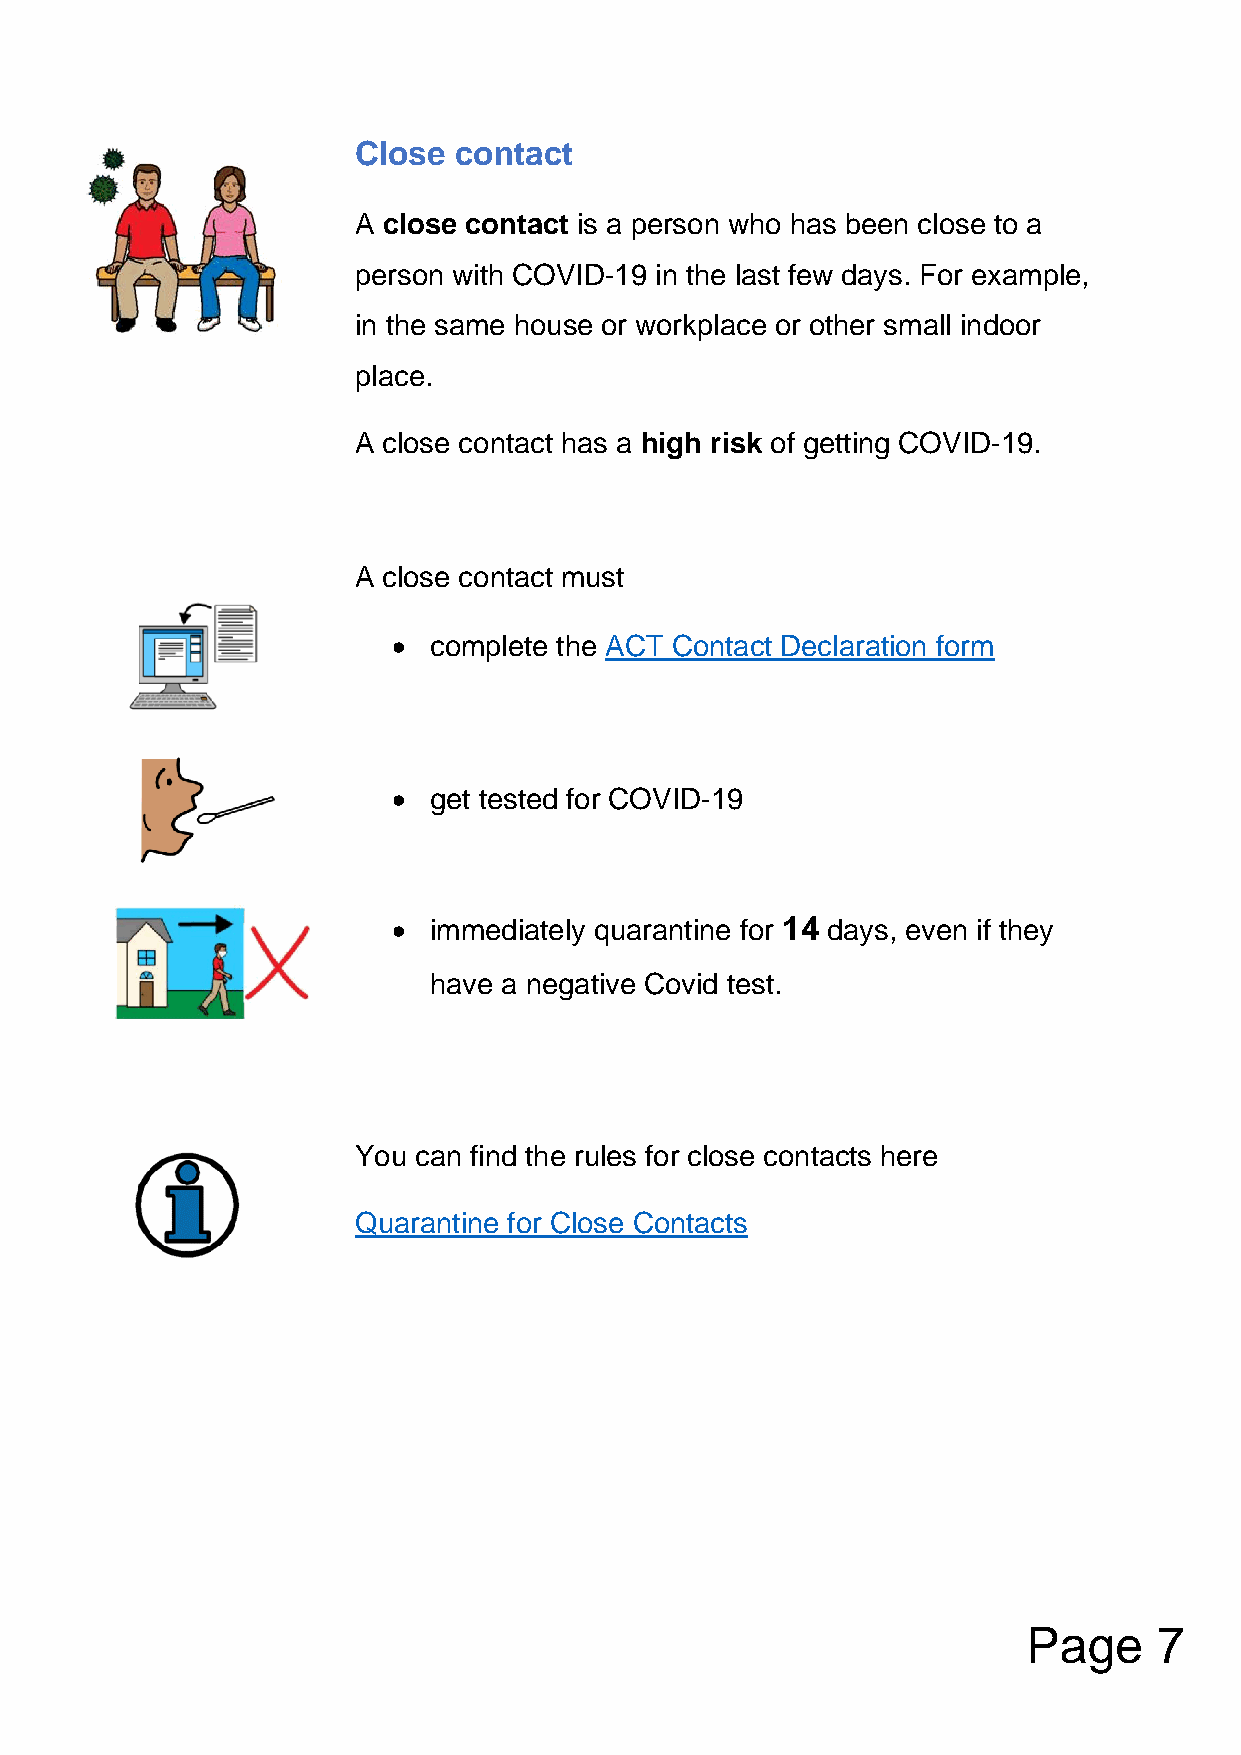
Close  contact
 A close contact is a person who has been close to a
 person with COVID-19 in the last few days. For example,
 in the same house or workplace or other small indoor
 place.
 A close contact has a high risk of getting COVID-19.
 A close contact must
 • complete the ACT Contact Declaration form
 • get tested for COVID-19
 • immediately quarantine for 14 days, even if they
 have a negative Covid test.
 You can find the rules for close contacts here
 Quarantine for Close Contacts
 Page     7